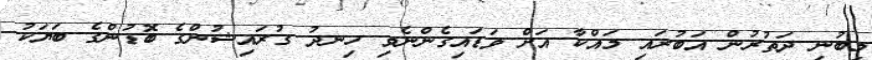
މިބުނި ދަތުރުން އަބުރައި މައްކާ އަށް ވަޑައިގެންނެވި ހިނދު ގުރައިޝުންގެ ބޮޑުންގެ ބަޔަކު